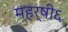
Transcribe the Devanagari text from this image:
महर्षी६